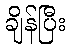
ချိန်ပြီး